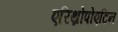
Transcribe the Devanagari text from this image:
एरिथ्रोपोएटिन